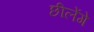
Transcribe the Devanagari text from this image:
छीलेंगे